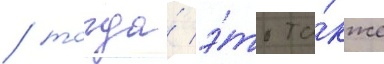
/ тогда́ э́то та́кже